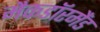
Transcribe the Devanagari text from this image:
मैकडाॅरमैंड